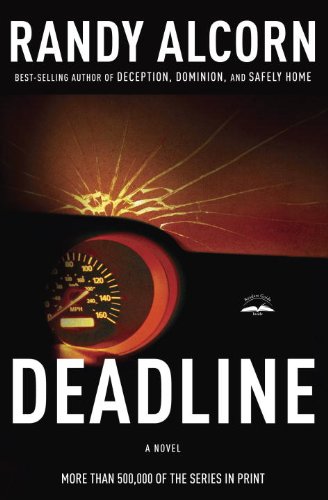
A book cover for Deadline; Randy Alcorn; Christian Books & Bibles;